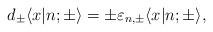
\begin{align*}d_{\pm} \langle x|n;{\pm} \rangle = \pm \varepsilon_{n,{\pm }}\langle x|n;{\pm } \rangle ,\end{align*}